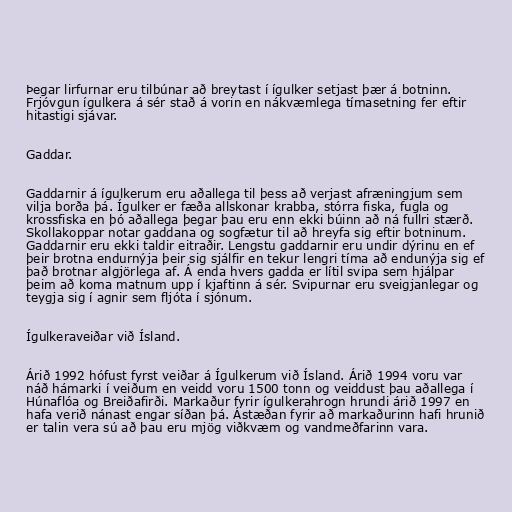
Þegar lirfurnar eru tilbúnar að breytast í ígulker setjast þær á botninn.
Frjóvgun ígulkera á sér stað á vorin en nákvæmlega tímasetning fer eftir
hitastigi sjávar.

Gaddar.

Gaddarnir á ígulkerum eru aðallega til þess að verjast afræningjum sem
vilja borða þá. Ígulker er fæða allskonar krabba, stórra fiska, fugla og
krossfiska en þó aðallega þegar þau eru enn ekki búinn að ná fullri stærð.
Skollakoppar notar gaddana og sogfætur til að hreyfa sig eftir botninum.
Gaddarnir eru ekki taldir eitraðir. Lengstu gaddarnir eru undir dýrinu en ef
þeir brotna endurnýja þeir sig sjálfir en tekur lengri tíma að endunýja sig ef
það brotnar algjörlega af. Á enda hvers gadda er lítil svipa sem hjálpar
þeim að koma matnum upp í kjaftinn á sér. Svipurnar eru sveigjanlegar og
teygja sig í agnir sem fljóta í sjónum.

Ígulkeraveiðar við Ísland.

Árið 1992 hófust fyrst veiðar á Ígulkerum við Ísland. Árið 1994 voru var
náð hámarki í veiðum en veidd voru 1500 tonn og veiddust þau aðallega í
Húnaflóa og Breiðafirði. Markaður fyrir ígulkerahrogn hrundi árið 1997 en
hafa verið nánast engar síðan þá. Ástæðan fyrir að markaðurinn hafi hrunið
er talin vera sú að þau eru mjög viðkvæm og vandmeðfarinn vara.